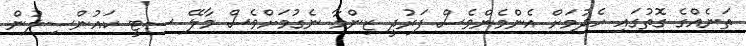
ތަނެއްގެ ގޮތުގައި ހެދުމަށް އެންމެންވެސް ފަރުދީ ޒިންމާ ނެގުމަށްވެސް މާލޭ ސިޓީ ކައުންސިލުން